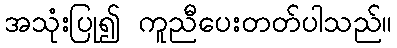
အသုံးပြု၍ ကူညီပေးတတ်ပါသည်။